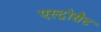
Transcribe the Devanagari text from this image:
एस्ट्रोसैट